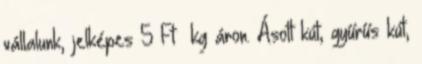
vállalunk, jelképes 5 Ft kg áron. Ásott kút, gyűrűs kút,